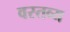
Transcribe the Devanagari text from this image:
वस्तव्य